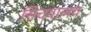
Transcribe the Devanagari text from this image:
सिचवालय